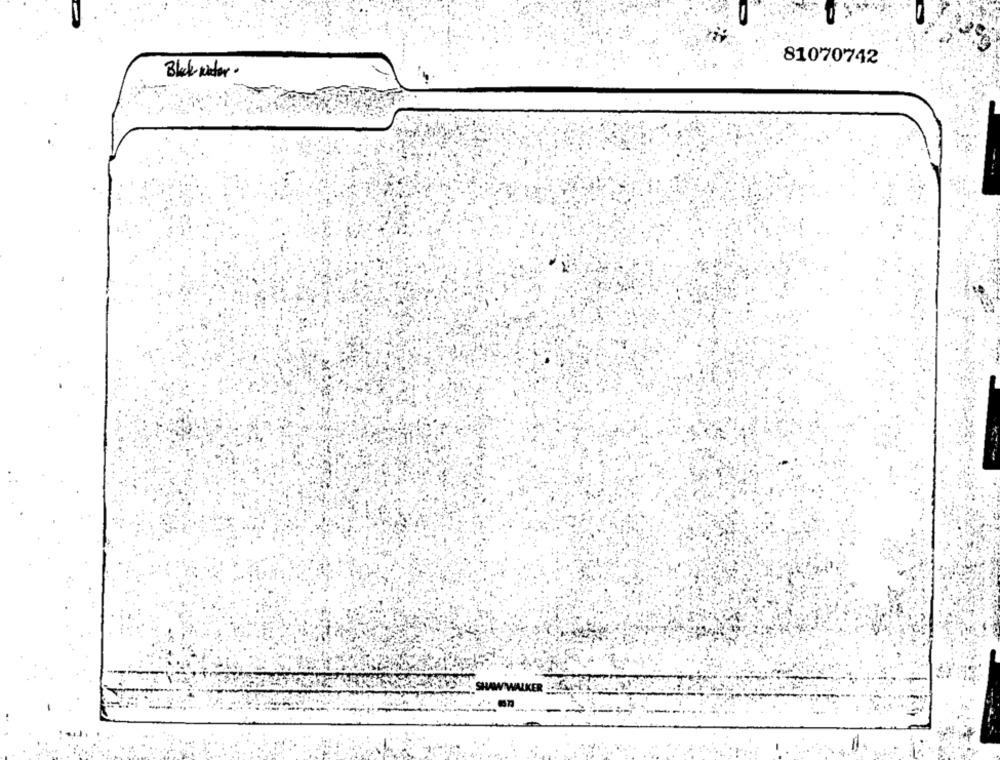
81070742
Black water .
ALKER